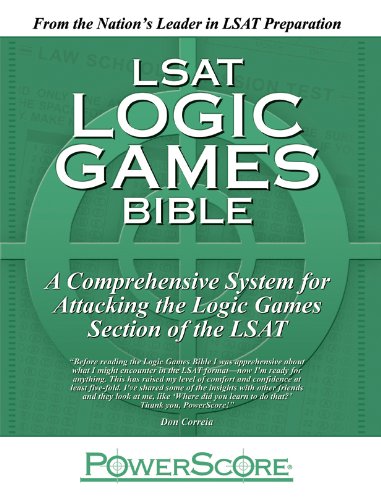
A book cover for The PowerScore LSAT Logic Games Bible; David M. Killoran; Test Preparation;